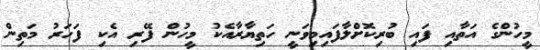
މީހުންގެ އަތާއި ފައި ބުރިކޮށްލާފައިމިވަނީ ހަތިޔާރާއެކު މީހުން ފޭރި އެކި ފަހަރު މަތިން